Senior Leaving Certificate Examination (including Day School Certificate (Higher) General paper), 1949
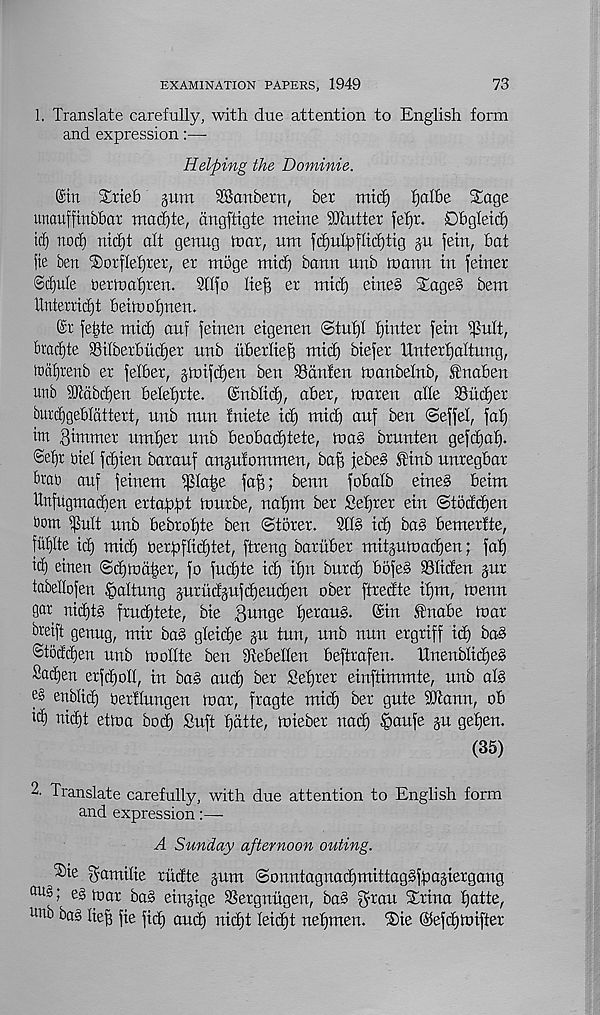
EXAMINATION PAPERS, 1949
73
1. Translate carefully, with due attention to English form
and expression :—•
Helping the Dominie.
©in Xrtef) gnm SSanbern, bet mid) tjalbe Sage
imauffinbbar madjte, cmgftigte metne flitter fefjr. Dbgletd)
ttf) nod nid)t alt genug loar, nm fdjul^flid^ttg gu fein, bat
lie ben 'Sorflefjxer, er mbge mid) bann unb loarut in feiner
Scfjule oerinaljten. Sdfo liefi er mid) eine§ S£age§ bem
tlnterridjt beiinot)nen.
©r fetjte mid) an? feinen eigenen ®tul)l fjinter fein ^ult,
bracfjte Silberbitd)er nnb itberlief) mid) biefer Unterfjaltung,
toaljrenb er felber, gtnifdjen ben SSdnfen tnanbelnb, £naben
unb Sftabcben belefjrte. ©nblid), aber, maren alle S3itd)er
bunfjgebldttert, unb nun Iniete id) mid) auf ben ©effel, faf)
im giutmer umfjer unb beobadjtete, mag brnnten gefd)af).
©efjr oiel fd)ien baranf angufommen, bag jebeg f inb unregbar
brao auf feinem i|SIa|e faf); benn fobalb eine§ beim
Unfugmadben ertafDfot murbe, naf)m ber Sefjrer ein ©toddfen
bom ipult nnb bebrotjte ben ©torer. Stlg id) bas bemertte,
ful)Ite id) mid) oerfoflid)tet, ftreng baruber mitgumad)en; fat)
id) einen ©d)md|er, fo fud)te id) itjn burd) bofe§ Sliden gur
tabellofen §altung gnrudgufdjeudjen ober ftredte if)m, menu
gar nidjtg frudftete, bie ,3unge fjeraug. ©in Itiabe mar
breift genug, mir bag gleidje gn tun, nnb nun ergriff id) bah
©toddien unb mollte ben Svebellen beftrafen. Enenblidjeg
Sadden erfdjoll, in bag and) ber Sefjrer einftimmte, nnb alg
eg enblid) bertlungen mar, fragte mid) ber gute SOtann, ob
id) nid)t etma bod) Suft f)dtte, mieber nad) §aufe gu gefjen.
(35)
2. Translate carefully, with due attention to English form
and expression:—
A Sunday afternoon outing.
®ie gamilie rudte gum ©onntagnatfjmittaggffoagiergang
au g; eg mar bag eingige SSergnhgen, bag gran Strina f)atte,
u ub bag lief) fie fief) and) nicf)t leid)t nefjmen. Tiie ©efdgmifter